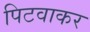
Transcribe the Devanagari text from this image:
पिटवाकर